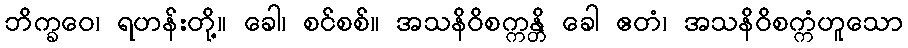
ဘိက္ခဝေ၊ ရဟန်းတို့။ ခေါ၊ စင်စစ်။ အသနိဝိစက္ကန္တိ ခေါ ဧတံ၊ အသနိဝိစက္ကံဟူသော